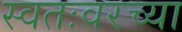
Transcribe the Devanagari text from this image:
स्वतःवरच्या